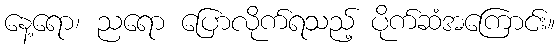
နေ့ရော၊ ညရော ပြောလိုက်ရသည့် ပိုက်ဆံအကြောင်း။